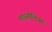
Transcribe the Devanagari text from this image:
माइसीलियम